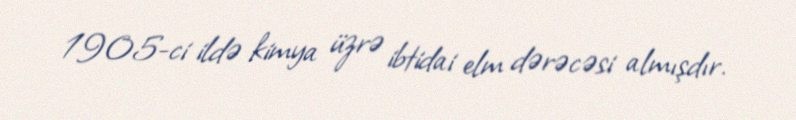
1905-ci ildə kimya üzrə ibtidai elm dərəcəsi almışdır.